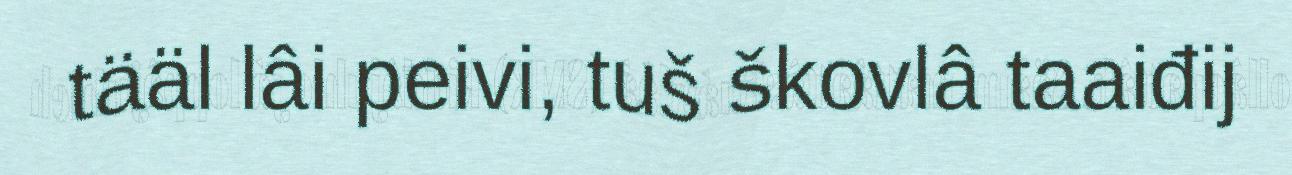
tääl lâi peivi, tuš škovlâ taaiđij